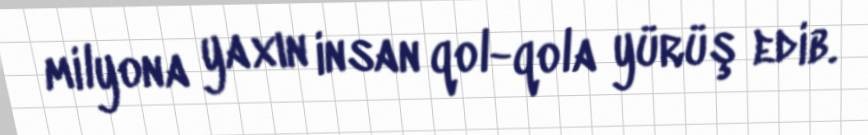
milyona yaxın insan qol-qola yürüş edib.